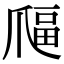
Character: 𤔜